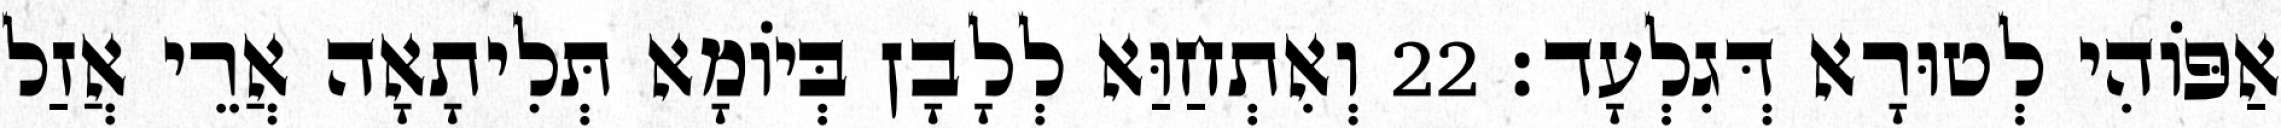
אַפּוֹהִי לְטוּרָא דְּגִלְעָד׃ 22 וְאִתְחַוַּא לְלָבָן בְּיוֹמָא תְּלִיתָאָה אֲרֵי אֲזַל